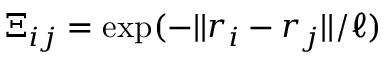
\Xi _ { i j } = \exp ( - | | r _ { i } - r _ { j } | | / \ell )